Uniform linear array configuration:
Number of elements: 4
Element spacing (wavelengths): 0.5
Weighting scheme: exponential
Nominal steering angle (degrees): -15
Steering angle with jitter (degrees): -15.556
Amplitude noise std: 0.05
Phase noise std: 0.05

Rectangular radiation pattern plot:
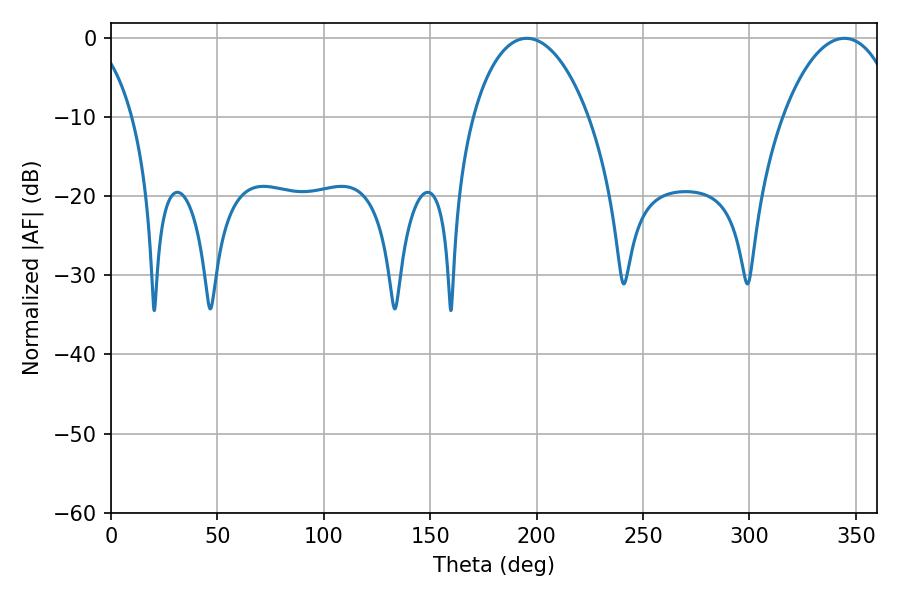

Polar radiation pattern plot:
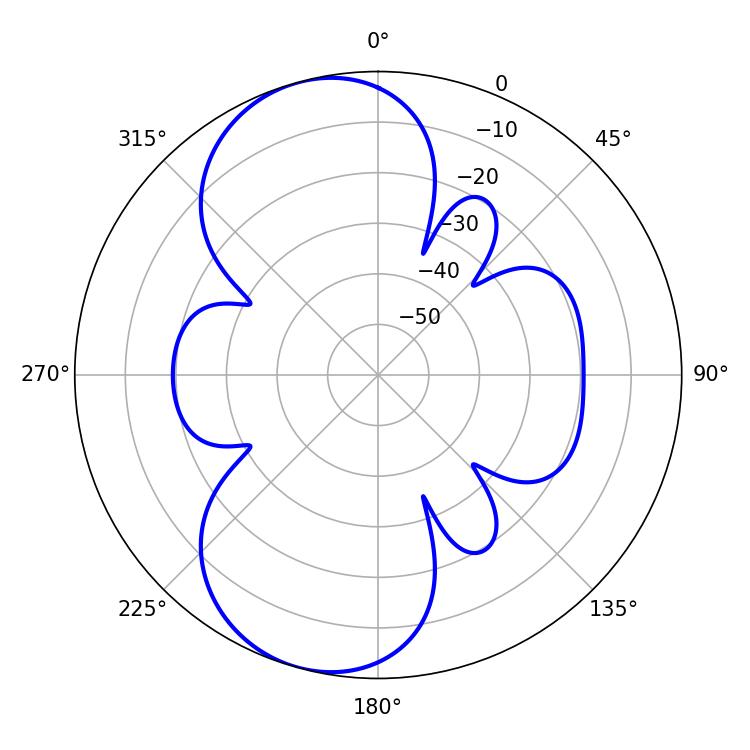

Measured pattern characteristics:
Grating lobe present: FALSE
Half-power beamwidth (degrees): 30.96
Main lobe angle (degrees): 195.48